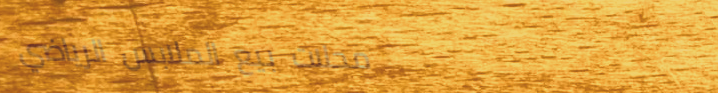
محلات بيع الملابس الرياضي